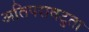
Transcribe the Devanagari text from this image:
अतिपरावटुता